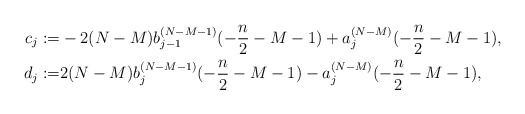
\begin{align*} c_j:=&-2(N-M)b_{j-1}^{(N-M-1)}(-\frac n2-M-1)+a_{j}^{(N-M)}(-\frac n2-M-1),\\ d_j:=&2(N-M)b_j^{(N-M-1)}(-\frac n2-M-1)-a_{j}^{(N-M)}(-\frac n2-M-1), \end{align*}